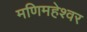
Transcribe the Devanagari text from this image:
मणिमहेश्‍वर